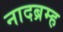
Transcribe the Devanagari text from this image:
नादब्रम्ह